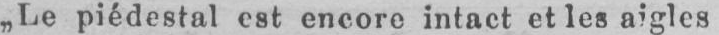
„Le piédestal est encore intact et les aigles